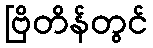
ဗြိတိန်တွင်